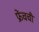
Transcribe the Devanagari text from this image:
फ्रेंचची